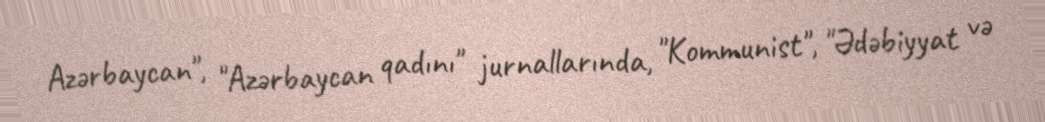
Azərbaycan", "Azərbaycan qadını" jurnallarında, "Kommunist", "Ədəbiyyat və